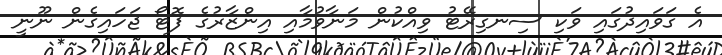
އެ ގަވައިދުގައި ވަކި ސިނގިރޭޓު ވިއްކުން މަނާވުމާއި އިންޒާރުގެ ފޮޓޯ ޖަހައިގެން ނޫނީ